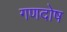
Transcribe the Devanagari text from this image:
गणदोष